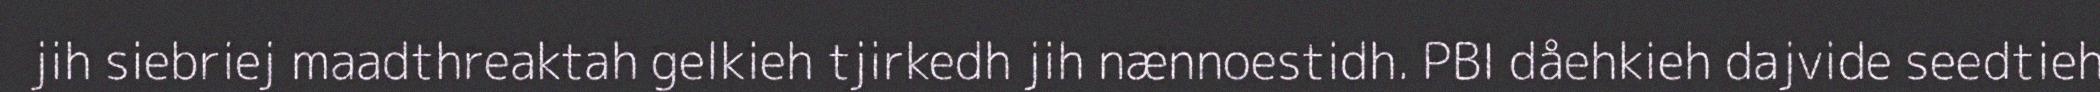
jih siebriej maadthreaktah gelkieh tjirkedh jih nænnoestidh. PBI dåehkieh dajvide seedtieh